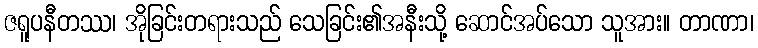
ဇရူပနီတဿ၊ အိုခြင်းတရားသည် သေခြင်း၏အနီးသို့ ဆောင်အပ်သော သူအား။ တာဏာ၊